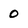
Character: 0